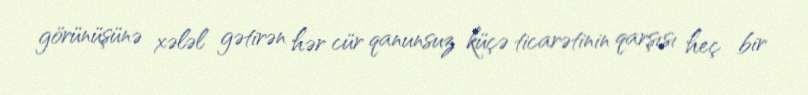
görünüşünə xələl gətirən hər cür qanunsuz küçə ticarətinin qarşısı heç bir